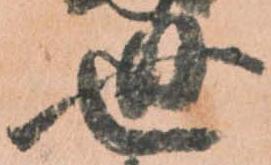
世